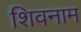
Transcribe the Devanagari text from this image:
शिवनाम